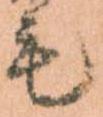
毛